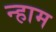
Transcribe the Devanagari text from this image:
न्हाम